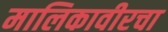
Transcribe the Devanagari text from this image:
मालिकावीरचा